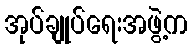
အုပ်ချုပ်ရေးအဖွဲ့က